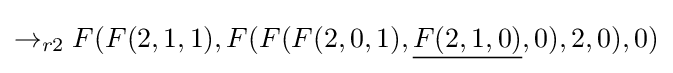
\rightarrow _{r2}F(F(2,1,1),F(F(F(2,0,1),{\underline {F(2,1,0)}},0),2,0),0)